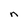
Character: n